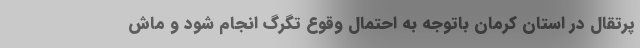
پرتقال در استان کرمان باتوجه به احتمال وقوع تگرگ‌ انجام شود و ماش